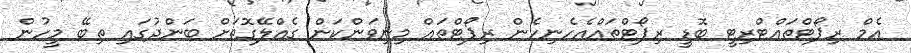
އެމް ރިޕޯޓްތައްޓްރިޓީ ބޮޑީ ރިޕޯޓްތައްއެހެނިހެން ރިޕޯޓްތައް މިނިވަންކަން ގެއްލޭގޮތަށް ބަންދުގައި ތިބޭ މީހުން